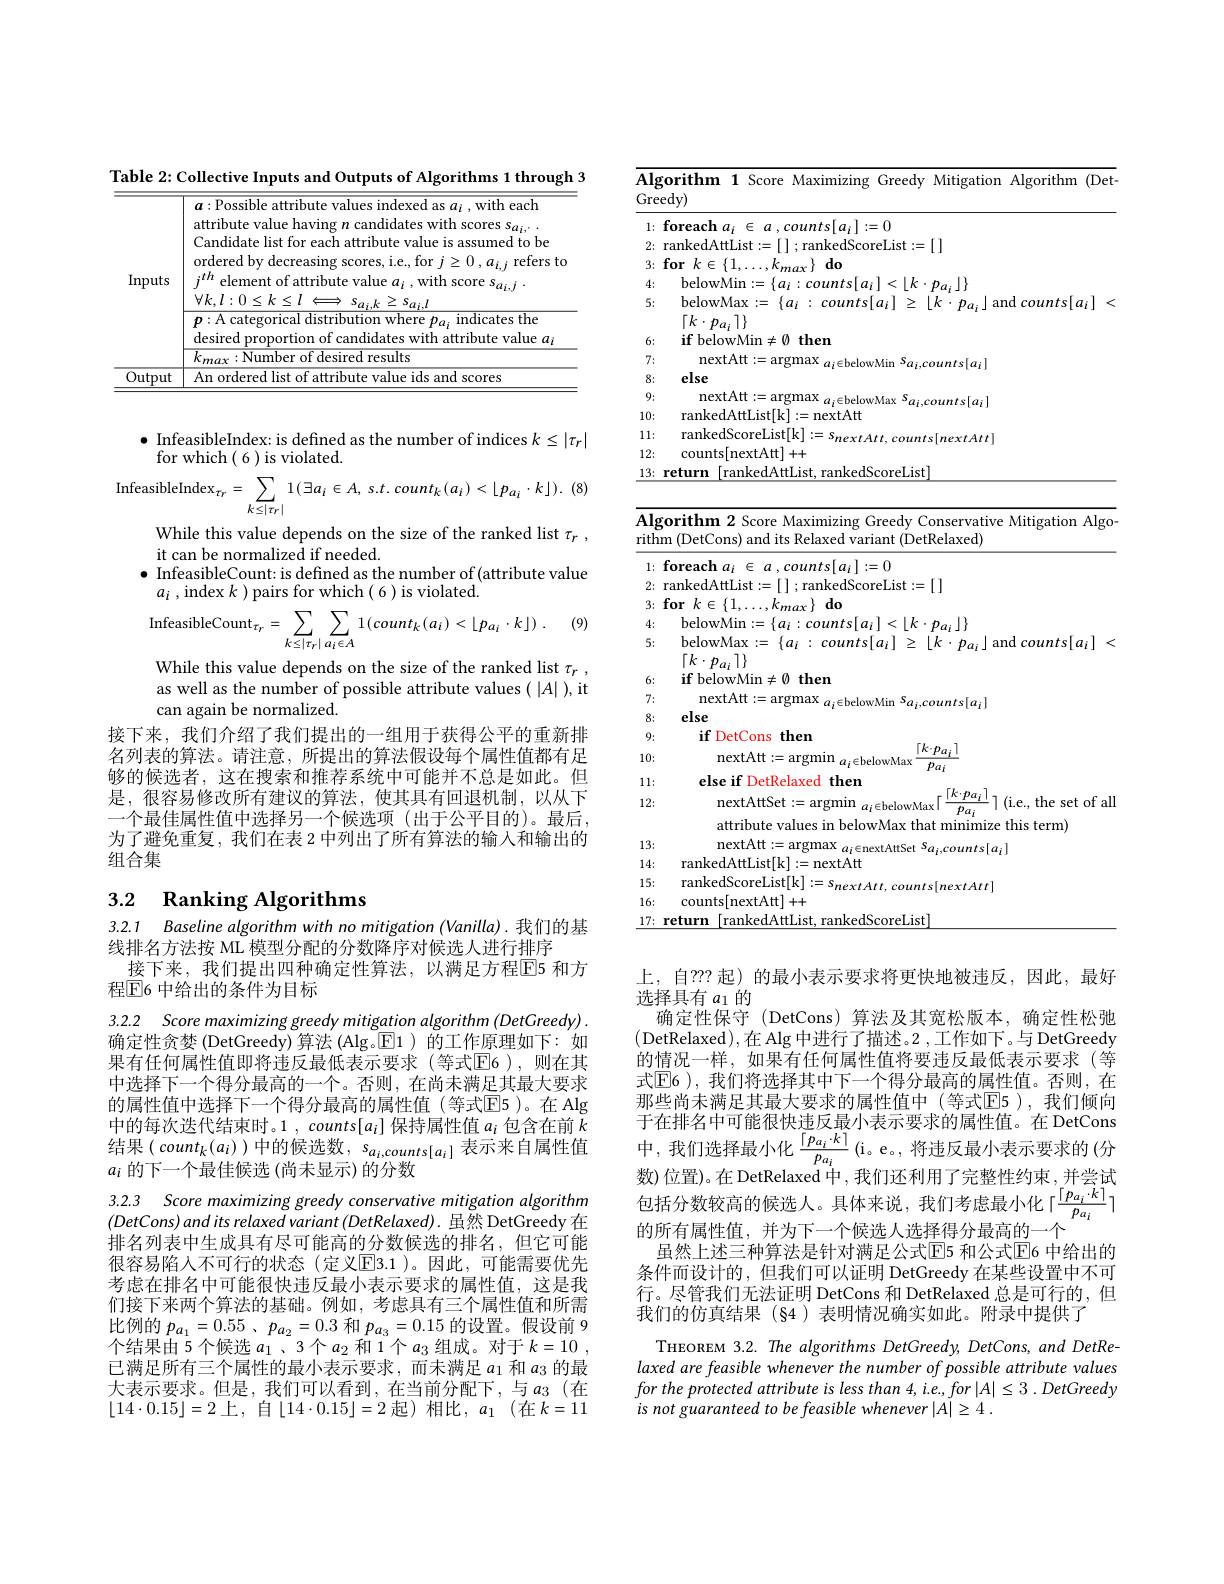
Table 2: Collective Inputs and Outputs of Algorithms 1 through 3

<table>
	<tbody>
		<tr>
			<td>Inputs</td>
			<td>$a:$Possible attribute values indexed as $a_i$,with each attribute value having $n$ candidates with scores s$a_i,.$ Candidate list for each attribute value is assumed to be ordered by decreasing scores, i.e., for $j\geq0,a_i,j$ refers to $j^{th}$ element of attribute value $a_i$ , with score s$a_i,j.$ $\forall k,l:0\leq k\leq l\iff s_{a_{i,k}}\geq s_{a_{i,l}}$ $\dot{v_{1}}_{n\text{anl}}$ $1diatwib$ inc</td>
		</tr>
		<tr>
			<td>Output</td>
			<td>a ido s anc SCMYPG</td>
		</tr>
	</tbody>
</table>

$\bullet$ InfeasibleIndex: is defined as the number of indices $k\leq|\tau_r|$
for which(6)is violated.

InfeasibleIndex$_\tau_{r}=\sum_{k\leq|\tau_{r}|}1(\exists a_{i}\in A,\:s.t.\:count_{k}(a_{i})<\lfloor p_{a_{i}}\cdot k\rfloor).\:(8)$
While this value depends on the size of the ranked list $\tau _r$ ,
it can be normalized if needed.
$\bullet$ InfeasibleCount: is defined as the number of(attribute value
$a_i$ , index $k$ ) pairs for which( 6 ) is violated.

$\mathrm{infeasibleCount}_{\tau _{r}}= \sum _{k\leq | \tau _{r}| }\sum _{a_{i}\in A}1( count_{k}( a_{i}) < \lfloor p_{a_{i}}\cdot k\rfloor )$ . (9)

While this value depends on the size of the ranked list $\tau_r$, as well as the number of possible attribute values( |A| ), it can again be normalized.
接下来，我们介绍了我们提出的一组用于获得公平的重新排名列表的算法。请注意，所提出的算法假设每个属性值都有足够的候选者，这在搜索和推荐系统中可能并不总是如此。但是，很容易修改所有建议的算法，使其具有回退机制，以从下一个最佳属性值中选择另一个候选项(出于公平目的)。最后为了避免重复，我们在表 2 中列出了所有算法的输入和输出的组合集

## 3.2 Ranking Algorithms

3.2.1 Baseline algorithm with no mitigation (Vanilla).我们的基
线排名方法按 ML 模型分配的分数降序对候选人进行排序
接下来，我们提出四种确定性算法，以满足方程$\overline{\mathrm{E}}$5 和方
程$\mathbb{E}$6 中给出的条件为目标

3.2.2 Score maximizing greedy mitigation algorithm (DetGreedy) . 确定性贪婪 (DetGreedy) 算法 (Alg。$\boxed{\mathrm{E}}1$ )的工作原理如下：如果有任何属性值即将违反最低表示要求(等式$\mathbb{E}$6),则在其中选择下一个得分最高的一个。否则，在尚未满足其最大要求的属性值中选择下一个得分最高的属性值(等式$\boxed{\mathrm{E}}5)$。在 Alg 中的每次迭代结束时。1 , counts$[a_i]$保持属性值$a_i$包含在前$k$ 结果$(count_k(a_i))$中的候选数$,s_a_i,counts[a_i]$表示来自属性值$a_i$的下一个最佳候选 (尚未显示) 的分数

3.2.3 Score maximizing greedy conservative mitigation algorithm $(DetCons)andits$ relaxed variant (DetRelaxed). 虽然 DetGreedy 在

排名列表中生成具有尽可能高的分数候选的排名，但它可能很容易陷入不可行的状态(定义E3.1)。因此，可能需要优先考虑在排名中可能很快违反最小表示要求的属性值，这是我们接下来两个算法的基础。例如，考虑具有三个属性值和所需比例的$p_{a_1}= 0. 55$ $、 p_{a_2}= 0. 3$和$p_{a_3}=0.15$的设置。假设前 9个结果由 5 个候选$a_1$ 、3 个$a_2$和 1个$a_3$组成。对于$k= 10$ , 已满足所有三个属性的最小表示要求，而未满足$a_{1}$和$a_{3}$的最大表示要求。但是，我们可以看到，在当前分配下，与$a_3$(在$\lfloor14\cdot0.15\rfloor=2$上，自$\lfloor14\cdot0.15\rfloor=2$起)相比$,a_1($在$k=11$

<table>
	<tbody>
		<tr>
			<th>$\overline{\mathbf{Alg}}$ Gre</th>
			<th>$\overline{\mathbf{Alg}}$ Gre</th>
			<th>(Det.</th>
		</tr>
		<tr>
			<td>1:</td>
			<td>1:</td>
			<td> </td>
		</tr>
		<tr>
			<td>2:</td>
			<td>2:</td>
			<td> </td>
		</tr>
		<tr>
			<td>3:</td>
			<td>3:</td>
			<td> </td>
		</tr>
		<tr>
			<td>4</td>
			<td>4</td>
			<td> </td>
		</tr>
		<tr>
			<td>5:</td>
			<td>5:</td>
			<td>$\iota_i]$ 《 </td>
		</tr>
		<tr>
			<td>6:</td>
			<td>6:</td>
			<td> </td>
		</tr>
		<tr>
			<td>7:</td>
			<td>7:</td>
			<td> </td>
		</tr>
		<tr>
			<td>8:</td>
			<td>8:</td>
			<td> </td>
		</tr>
		<tr>
			<td>9:</td>
			<td>9:</td>
			<td> </td>
		</tr>
		<tr>
			<td>10:</td>
			<td>10:</td>
			<td> </td>
		</tr>
		<tr>
			<td>11: $a_{1}=a_{1}$</td>
			<td>11 1:</td>
			<td> </td>
		</tr>
		<tr>
			<td>12:</td>
			<td>12:</td>
			<td> </td>
		</tr>
		<tr>
			<td>13:</td>
			<td>13:</td>
			<td> </td>
		</tr>
		<tr>
			<td>2:</td>
			<td>2:</td>
			<td> </td>
		</tr>
		<tr>
			<td>$L:$ $r.$</td>
			<td>$L:$ $o$ 1</td>
			<td> </td>
		</tr>
		<tr>
			<td>3:</td>
			<td>3:</td>
			<td> </td>
		</tr>
		<tr>
			<td>M 4</td>
			<td>1 4</td>
			<td> </td>
		</tr>
		<tr>
			<td>4</td>
			<td>4</td>
			<td> </td>
		</tr>
		<tr>
			<td>4. 5:</td>
			<td>4. 5:</td>
			<td>$\left]$ $z_i$ 《 . 1 $\frac{1}{2}=\frac{1}{2}$</td>
		</tr>
		<tr>
			<td>5:</td>
			<td>5:</td>
			<td>$z_i$ 《 $\frac{1}{2}=\frac{1}{2}$</td>
		</tr>
		<tr>
			<td> </td>
			<td> </td>
			<td> </td>
		</tr>
		<tr>
			<td>0;</td>
			<td>0;</td>
			<td> </td>
		</tr>
		<tr>
			<td>1 1</td>
			<td>1 1 1 T</td>
			<td> </td>
		</tr>
		<tr>
			<td>8:</td>
			<td>8:</td>
			<td> </td>
		</tr>
		<tr>
			<td>9:</td>
			<td>9:</td>
			<td> </td>
		</tr>
		<tr>
			<td>10:</td>
			<td>10;</td>
			<td> </td>
		</tr>
		<tr>
			<td>11:</td>
			<td>11:</td>
			<td>11</td>
		</tr>
		<tr>
			<td>1L.</td>
			<td>IL:</td>
			<td>$UI$ OU</td>
		</tr>
		<tr>
			<td>13:</td>
			<td>13:</td>
			<td> </td>
		</tr>
		<tr>
			<td>14:</td>
			<td>14:</td>
			<td> </td>
		</tr>
		<tr>
			<td>15:</td>
			<td>15:</td>
			<td> </td>
		</tr>
		<tr>
			<td>16:</td>
			<td>16:</td>
			<td> </td>
		</tr>
		<tr>
			<td>17</td>
			<td>17</td>
			<td> </td>
		</tr>
	</tbody>
</table>

确定性保守 (DetCons) 算法及其宽松版本，确定性松弛

(DetRelaxed),在 Alg 中进行了描述。2 ,工作如下。与 DetGreedy 的情况一样，如果有任何属性值将要违反最低表示要求(等式$\boxed{\mathrm{E}}$6 ),我们将选择其中下一个得分最高的属性值。否则，在那些尚未满足其最大要求的属性值中(等式$\mathbb{E}$5),我们倾向于在排名中可能很快违反最小表示要求的属性值。在 DetCons 中，我们选择最小化$\frac{\lceil p_{a_i}\cdot k\rceil}{p_{a_i}}\left(\mathrm{i}。\mathrm{e}_{\mathrm{o}},\text{将违反最小表示要求的(分}\right)$ 数)位置)。在 DetRelaxed 中，我们还利用了完整性约束 , 并尝试包括分数较高的候选人。具体来说，我们考虑最小化「$\frac{[p_{a_i}\cdot k]}{p_{a_i}}]$ 的所有属性值，并为下一个候选人选择得分最高的一个
虽然上述三种算法是针对满足公式$\color{red}{\mathrm{E}}$5 和公式$\color{red}{\mathrm{E}}$6 中给出的条件而设计的，但我们可以证明 DetGreedy 在某些设置中不可行。尽管我们无法证明 DetCons 和 DetRelaxed 总是可行的，但我们的仿真结果(§4)表明情况确实如此。附录中提供了

THEOREM 3.2. The algorithms DetGreedy, DetCons, and DetRelaxed are feasible whenever the number of possible attribute values for the protected attribute $is$ less than 4, $i. e. , for$ $| A| \leq 3$ . DetGreedy is not guaranteed to be feasible whenever $| A| \geq 4$ .